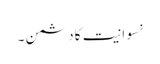
نسوانیت کا دشمن ۔